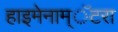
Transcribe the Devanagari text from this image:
हाइमेनाम्‌ॅटरा